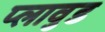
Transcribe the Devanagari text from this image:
प्लावुड